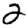
Digit: 2